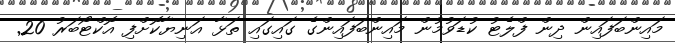
މައިންބަފައިން ދިން ފްލެޓު ކުޑަވުމުން މައިންބަފައިންގެ ގައިގައި ތަޅާ އަނިޔާކޮށްފި އޮކްޓޯބަރު 20